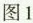
图1